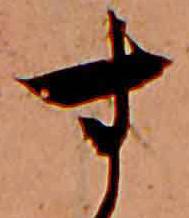
す